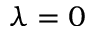
\lambda = 0